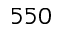
5 5 0